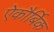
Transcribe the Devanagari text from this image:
ऐकौर्बिक